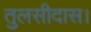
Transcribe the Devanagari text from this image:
तुलसीदास।